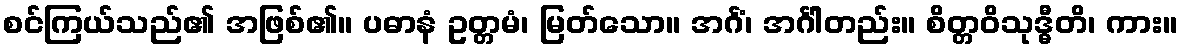
စင်ကြယ်သည်၏ အဖြစ်၏။ ပဓာနံ ဥတ္တမံ၊ မြတ်သော။ အင်္ဂံ၊ အင်္ဂါတည်း။ စိတ္တဝိသုဒ္ဓီတိ၊ ကား။